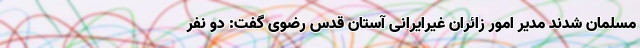
مسلمان شدند مدیر امور زائران غیرایرانی آستان قدس رضوی گفت: دو نفر